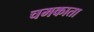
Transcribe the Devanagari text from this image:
चमकाता